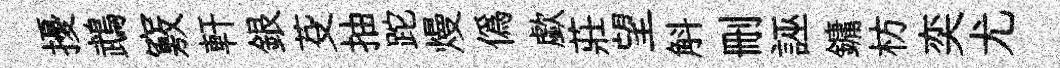
擾鵡竅軒銀芟抽跎熳僞歔莊望斛删誣鏞枋奕尤